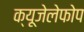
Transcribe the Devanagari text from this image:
क्‍यूजेलेफोप